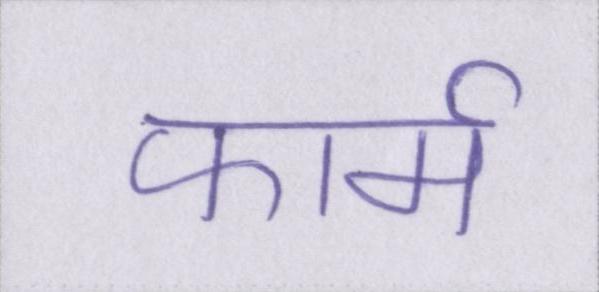
फार्म